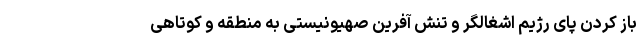
باز کردن پای رژیم اشغالگر و تنش آفرین صهیونیستی به منطقه و کوتاهی